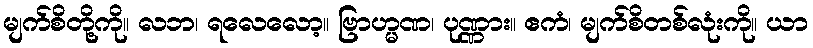
မျက်စိတို့ကို။ လဘ၊ ရလေလော့။ ဗြာဟ္မဏ၊ ပုဏ္ဏား။ ဧကံ၊ မျက်စိတစ်လုံးကို။ ယာ